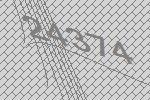
24374